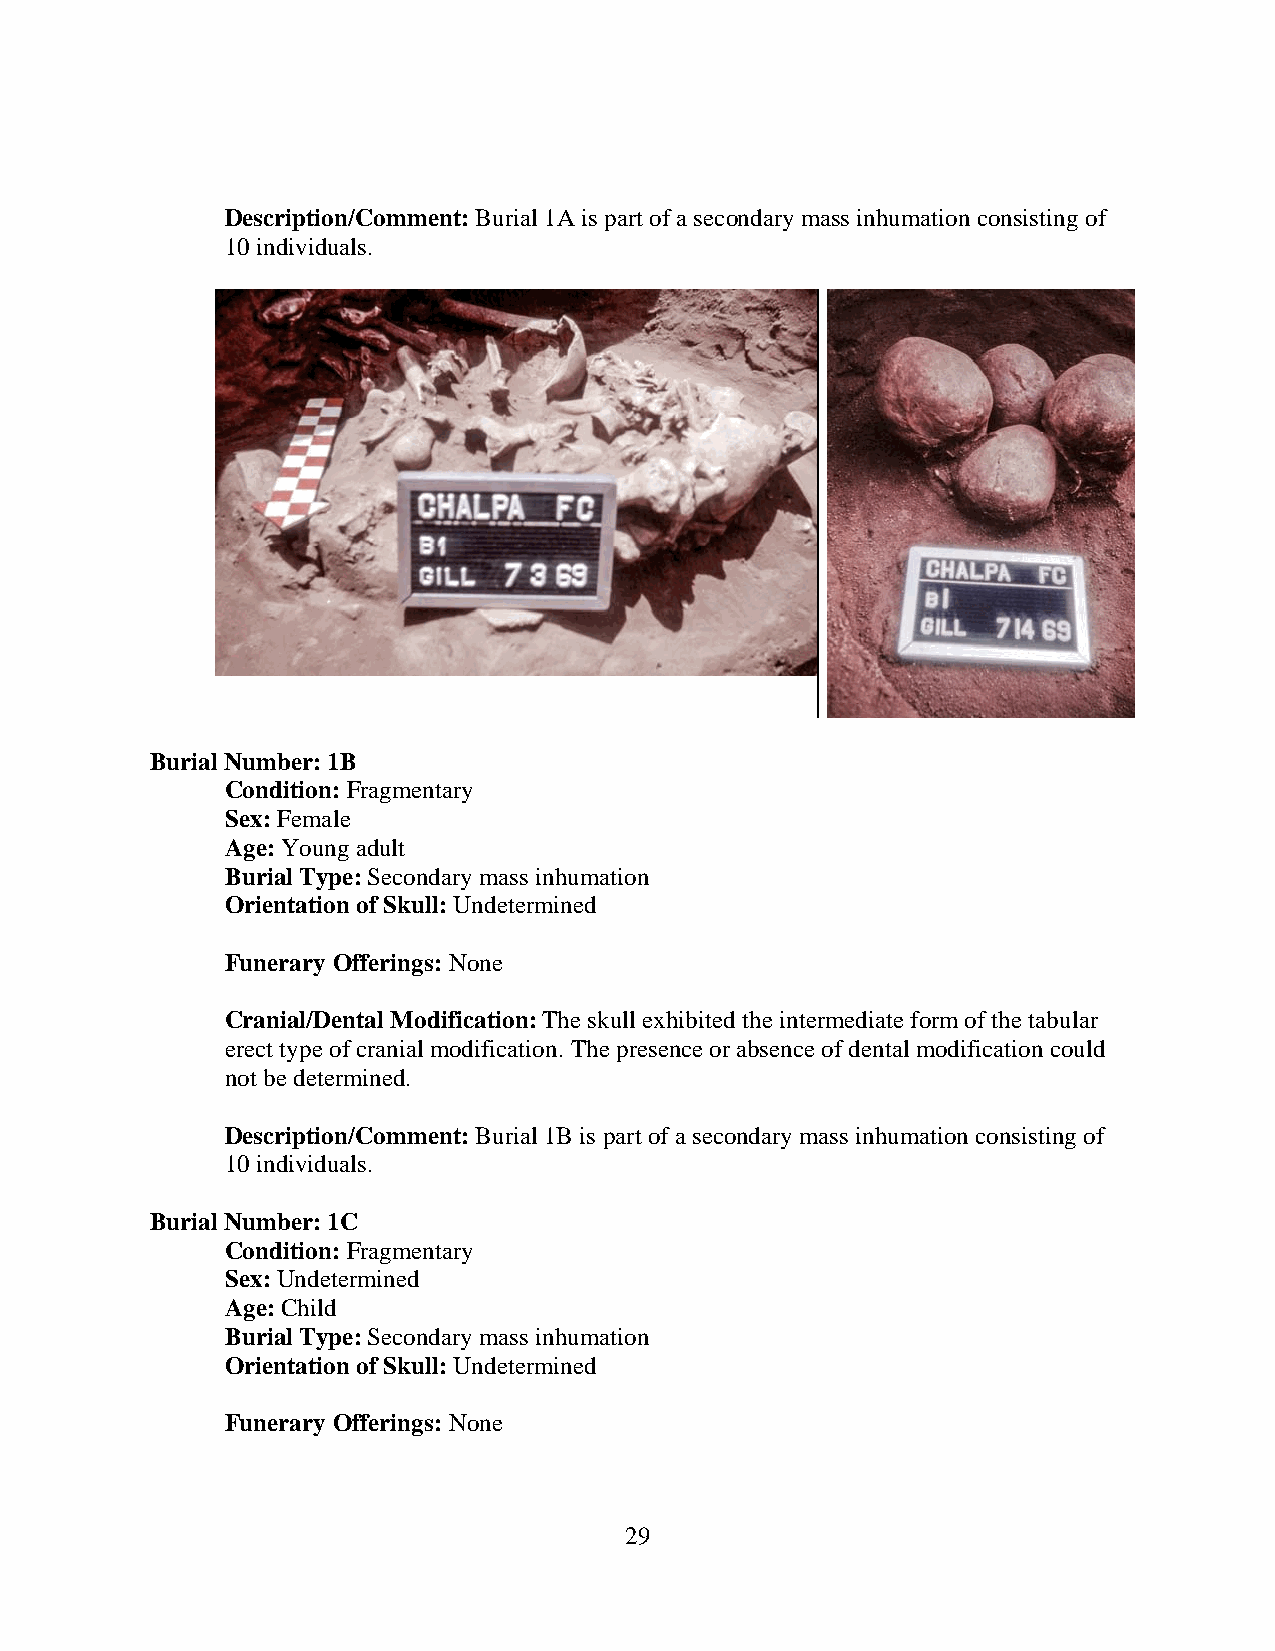
Description/Comment: Burial 1A is part of a secondary mass inhumation consisting of
 10 individuals.
 Burial Number: 1B
 Condition: Fragmentary
 Sex: Female
 Age: Young adult
 Burial Type: Secondary mass inhumation
 Orientation of Skull: Undetermined
 Funerary Offerings: None
 Cranial/Dental Modification: The skull exhibited the intermediate form of the tabular
 erect type of cranial modification. The presence or absence of dental modification could
 not be determined.
 Description/Comment: Burial 1B is part of a secondary mass inhumation consisting of
 10 individuals.
 Burial Number: 1C
 Condition: Fragmentary
 Sex: Undetermined
 Age: Child
 Burial Type: Secondary mass inhumation
 Orientation of Skull: Undetermined
 Funerary Offerings: None
 29